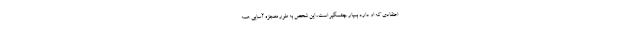
اعتقادی که او دارد بسیار چشمگیر است، این شخص به طور معجزه آسایی همه